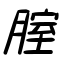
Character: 腟